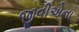
જીવીએના